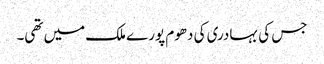
جس کی بہادری کی دھوم پورے ملک میں تھی۔